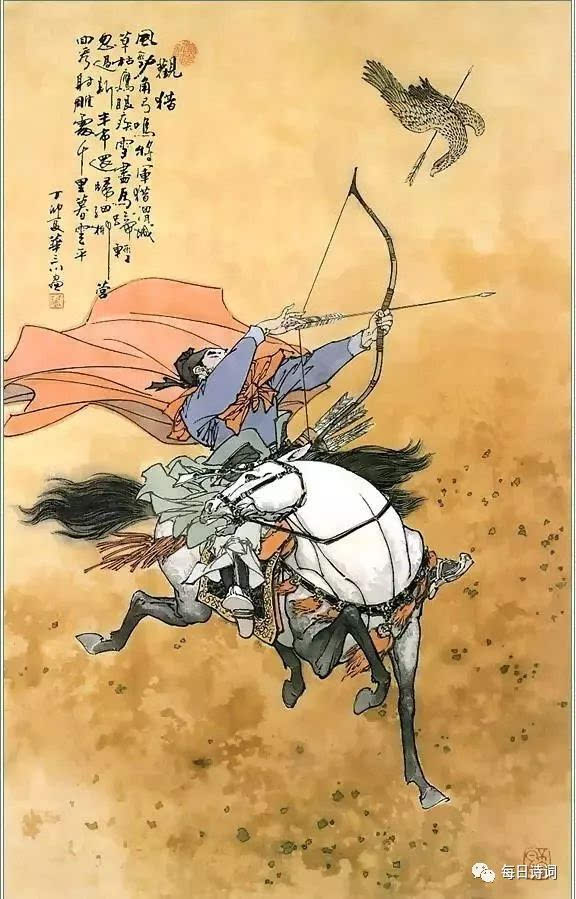
军歌应唱大刀环，誓灭胡奴出玉关。